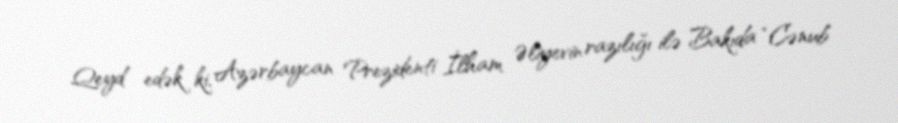
Qeyd edək ki, Azərbaycan Prezidenti İlham Əliyevin razılığı ilə Bakıda “Cənub